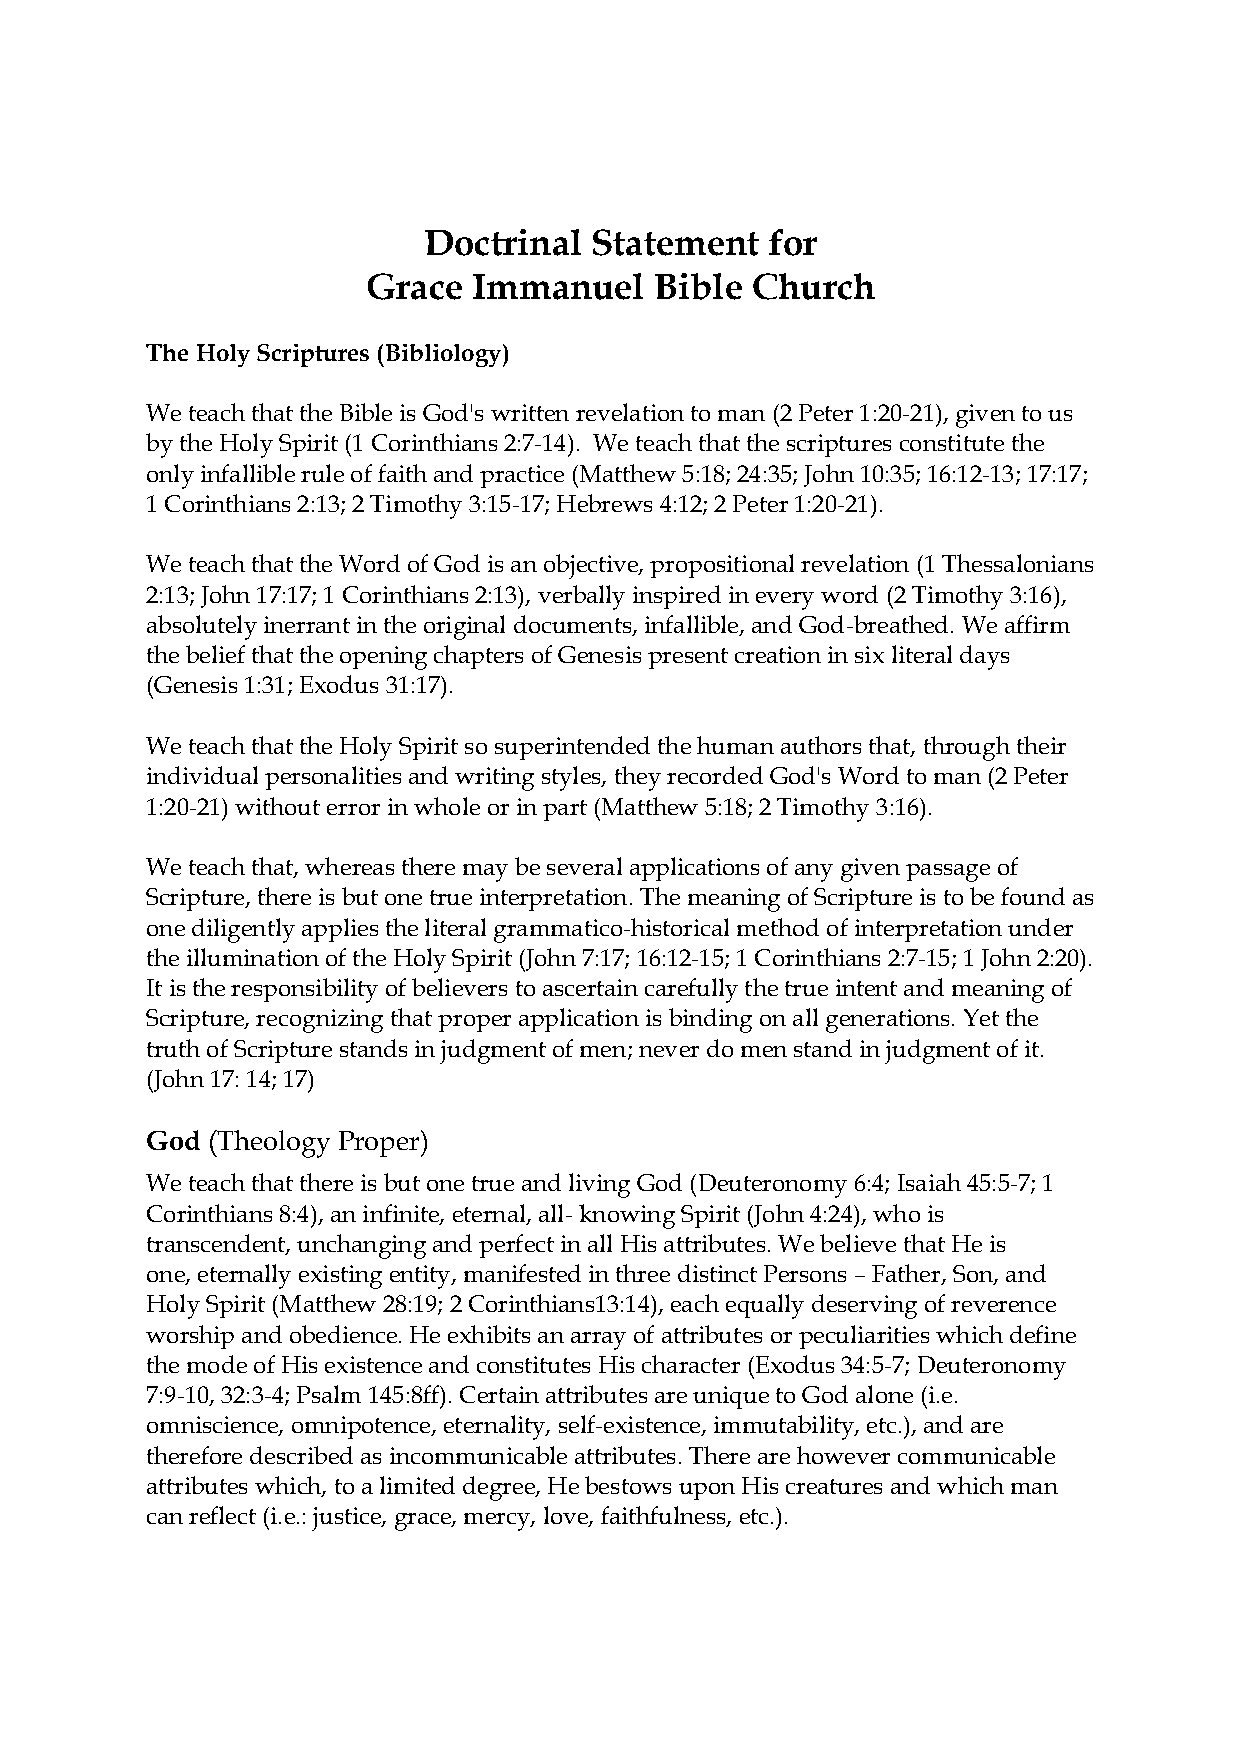
Doctrinal  Statement   for
 Grace  Immanuel    Bible  Church
 TheHolyScriptures(Bibliology)
 WeteachthattheBibleisGod'swritten revelationtoman (2Peter1:20-21),giventous
 bytheHolySpirit(1Corinthians2:7-14). Weteachthatthescripturesconstitutethe
 onlyinfallibleruleoffaithandpractice(Matthew5:18;24:35;John10:35;16:12-13;17:17;
 1Corinthians2:13;2Timothy3:15-17;Hebrews4:12;2Peter1:20-21).
 WeteachthattheWordofGodisanobjective,propositionalrevelation(1 Thessalonians
 2:13;John17:17;1Corinthians2:13),verballyinspiredineveryword (2Timothy3:16),
 absolutelyinerrantintheoriginaldocuments,infallible,andGod-breathed.Weaffirm
 thebeliefthattheopeningchaptersofGenesispresent creationinsix literaldays
 (Genesis1:31;Exodus31:17).
 WeteachthattheHolySpiritsosuperintendedthehumanauthorsthat,throughtheir
 individualpersonalitiesandwritingstyles,theyrecordedGod'sWordtoman (2Peter
 1:20-21)withouterrorinwholeorinpart(Matthew5:18;2Timothy 3:16).
 Weteachthat,whereastheremaybeseveralapplicationsofanygivenpassageof
 Scripture,thereisbut onetrueinterpretation.ThemeaningofScriptureistobefoundas
 onediligentlyappliestheliteral grammatico-historicalmethodofinterpretationunder
 theilluminationoftheHolySpirit(John7:17;16:12-15;1Corinthians2:7-15;1John2:20).
 It istheresponsibilityofbelieverstoascertaincarefullythetrueintentandmeaningof
 Scripture,recognizingthatproperapplicationisbindingonall generations.Yetthe
 truthofScripturestandsinjudgment ofmen;neverdomenstand injudgment ofit.
 (John17:14;17)
 God (Theology Proper)
 WeteachthatthereisbutonetrueandlivingGod(Deuteronomy6:4;Isaiah45:5-7;1
 Corinthians8:4),aninfinite, eternal,all-knowingSpirit(John4:24),whois
 transcendent,unchangingandperfect inallHisattributes.Webelievethat Heis
 one,eternallyexistingentity,manifestedinthreedistinctPersons –Father,Son,and
 HolySpirit(Matthew28:19;2Corinthians13:14),each equallydeservingof reverence
 worshipandobedience.Heexhibitsanarrayofattributes or peculiaritieswhichdefine
 themodeofHisexistenceandconstitutesHischaracter(Exodus34:5-7;Deuteronomy
 7:9-10,32:3-4;Psalm145:8ff).CertainattributesareuniquetoGodalone(i.e.
 omniscience,omnipotence,eternality,self-existence, immutability, etc.),andare
 thereforedescribedasincommunicableattributes. Therearehowever communicable
 attributeswhich,toalimiteddegree,HebestowsuponHiscreatures andwhichman
 canreflect(i.e.:justice, grace,mercy,love,faithfulness, etc.).